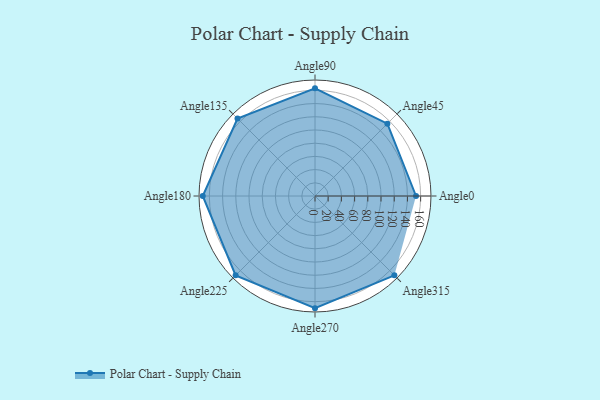
{"axis": {"x": "Angle", "y": "Radius"}, "legend": [""], "data": [{"x": "Angle0", "y": 153.0, "type": ""}, {"x": "Angle45", "y": 155.0, "type": ""}, {"x": "Angle90", "y": 163.0, "type": ""}, {"x": "Angle135", "y": 166.0, "type": ""}, {"x": "Angle180", "y": 170, "type": ""}, {"x": "Angle225", "y": 170, "type": ""}, {"x": "Angle270", "y": 170, "type": ""}, {"x": "Angle315", "y": 170, "type": ""}]}